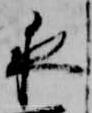
夜